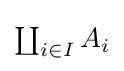
{\textstyle \coprod _{i\in I}A_{i}}